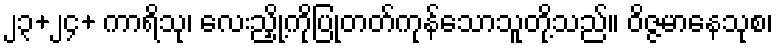
၂၃+၂၄+ ကာရိသု၊ လေးညှို့ကိုပြုတတ်ကုန်သောသူတို့သည်။ ဝိဇ္ဇမာနေသုစ၊